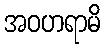
အဝဟရာမိ